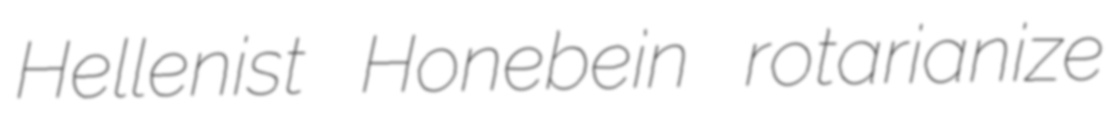
Hellenist Honebein rotarianize